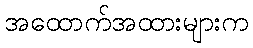
အထောက်အထားများက